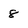
Character: 8